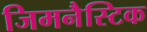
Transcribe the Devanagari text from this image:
जिमनैस्टिक